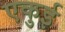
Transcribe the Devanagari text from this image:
एकुई